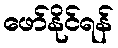
ဖော်နိုင်ရန်